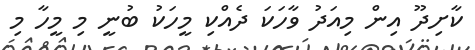
ކާށިދޫ އިން މިއަދު ވާހަކަ ދެއްކި މީހަކު ބުނީ މި މީހާ މި